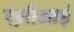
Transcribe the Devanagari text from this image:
एस़ीआई